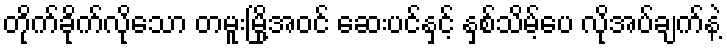
တိုက်ခိုက်လိုသော တမူးမြို့အဝင် ဆေးပင်နှင့် နှစ်သိမ့်ပေ လိုအပ်ချက်နဲ့